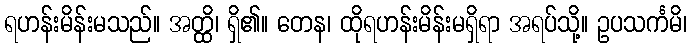
ရဟန်းမိန်းမသည်။ အတ္ထိ၊ ရှိ၏။ တေန၊ ထိုရဟန်းမိန်းမရှိရာ အရပ်သို့။ ဥပသင်္ကမိ၊